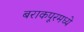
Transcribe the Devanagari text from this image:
बराकपूरमध्ये